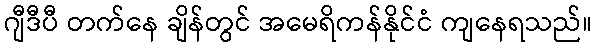
ဂျီဒီပီ တက်နေ ချိန်တွင် အမေရိကန်နိုင်ငံ ကျနေရသည်။